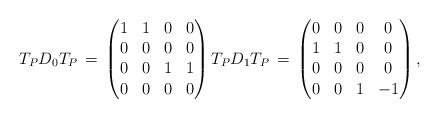
\begin{align*} T_{P} D_{0} T_{P} \, = \, \begin{pmatrix} 1 & 1 & 0 & 0 \\ 0 & 0 & 0 & 0\\ 0 & 0 & 1 & 1 \\ 0 & 0 & 0 & 0 \end{pmatrix} T_{P} D_{1} T_{P} \, = \, \begin{pmatrix} 0 & 0 & 0 & 0 \\ 1 & 1 & 0 & 0 \\ 0 & 0 & 0 & 0 \\ 0 & 0 & 1 & -1 \end{pmatrix} ,\end{align*}